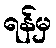
ရန်မှ